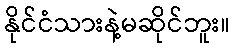
နိုင်ငံသားနဲ့မဆိုင်ဘူး။